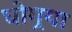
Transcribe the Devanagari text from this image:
घोगर्‍या